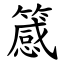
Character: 䉞